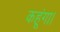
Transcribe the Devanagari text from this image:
कहूंगा।